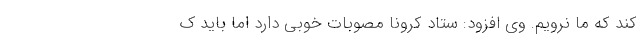
کند که ما نرویم. وی افزود: ستاد کرونا مصوبات خوبی دارد اما باید ک